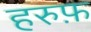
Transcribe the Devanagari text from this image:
हरुफ़